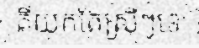
គឺយកតែស្រីៗទេ